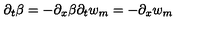
\partial _ { t } \beta = - \partial _ { x } \beta \partial _ { t } w _ { m } = - \partial _ { x } w _ { m }